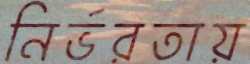
নির্ভরতায়